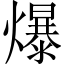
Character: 爆